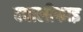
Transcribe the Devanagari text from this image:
क्वालीफाइ